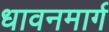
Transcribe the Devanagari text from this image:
धावनमार्ग